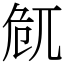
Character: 𠨜